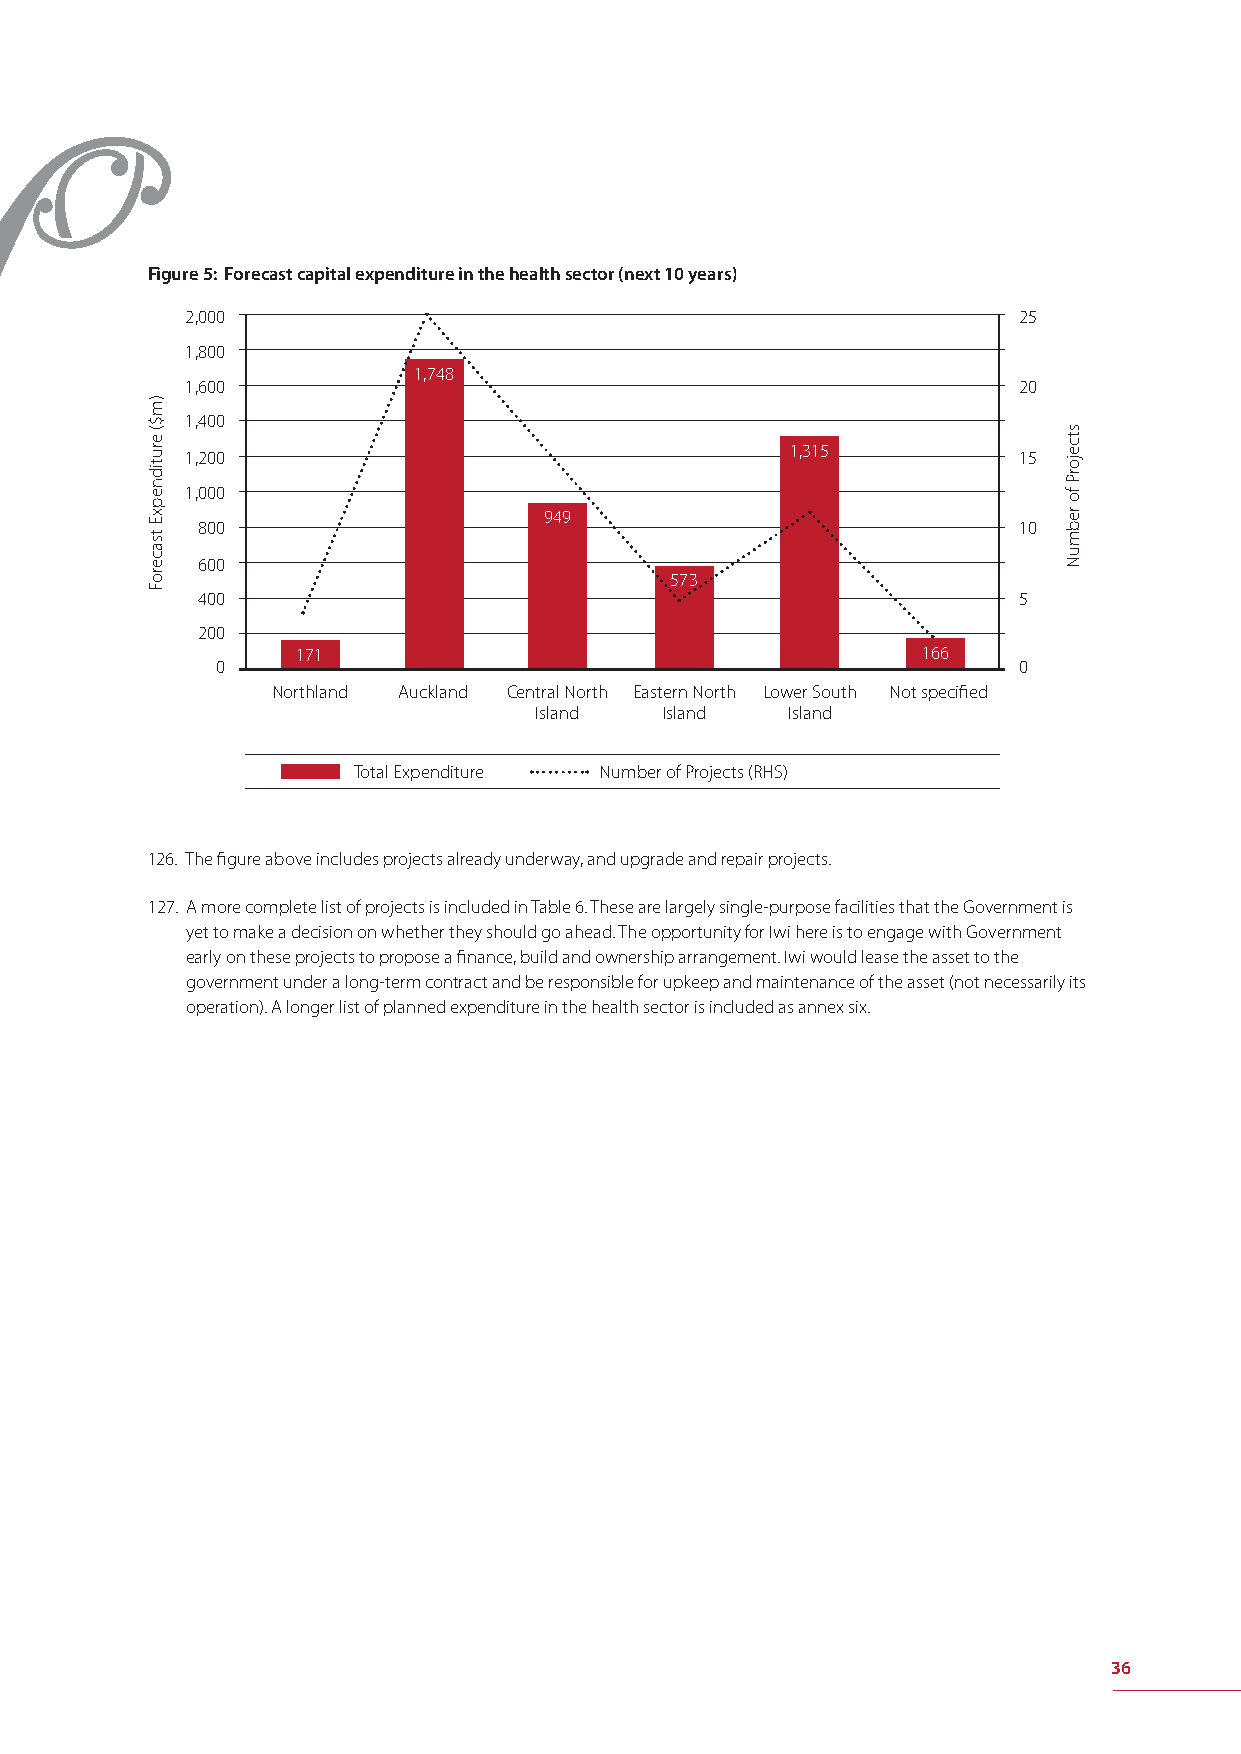
Figure 5: Forecast capital expenditure in the health sector (next 10 years)
 2,000                                                  25
 1,800
 1,748
 1,600                                                  20
 1,400
 1,315
 1,200                                                  15
 1,000
 949
 800                                                   10
 600
 573
 400                                                   5
 200
 171                                      166
 0                                                    0
 Northland Auckland Central North Eastern North Lower South Not specifi ed
 Island   Island  Island
 Total Expenditure Number of Projects (RHS)
 126. The fi gure above includes projects already underway, and upgrade and repair projects.
 127. A more complete list of projects is included in Table 6. These are largely single-purpose facilities that the Government is
 yet to make a decision on whether they should go ahead. The opportunity for Iwi here is to engage with Government
 early on these projects to propose a fi nance, build and ownership arrangement. Iwi would lease the asset to the
 government under a long-term contract and be responsible for upkeep and maintenance of the asset (not necessarily its
 operation). A longer list of planned expenditure in the health sector is included as annex six.
 36
 )m$(
 erutidnepxE
 tsaceroF
 stcejorP
 fo
 rebmuN